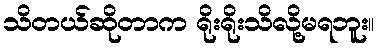
သိတယ်ဆိုတာက ရိုးရိုးသိလို့မရဘူး။